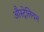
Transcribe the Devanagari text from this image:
औस्ट्रेलियन